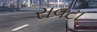
રાવટા